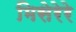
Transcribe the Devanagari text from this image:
मिसेरेरे